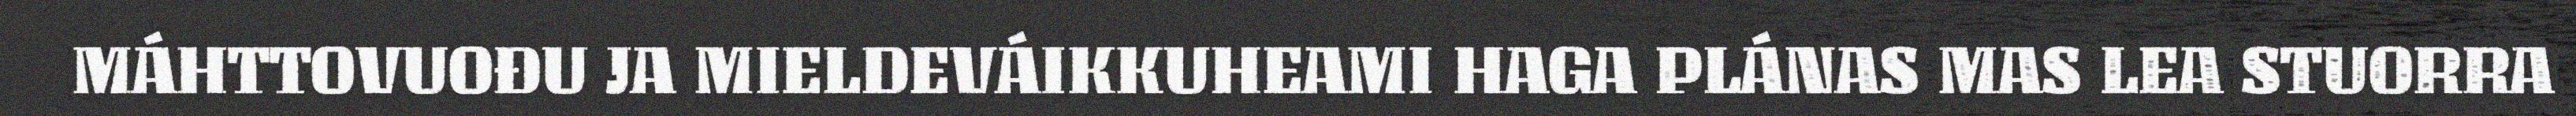
MÁHTTOVUOĐU JA MIELDEVÁIKKUHEAMI HAGA PLÁNAS MAS LEA STUORRA